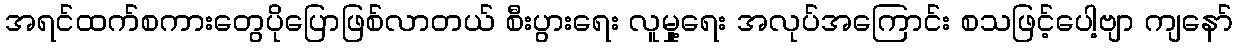
အရင်ထက်စကားတွေပိုပြောဖြစ်လာတယ် စီးပွားရေး လူမှု့ရေး အလုပ်အကြောင်း စသဖြင့်ပေါ့ဗျာ ကျနော်